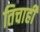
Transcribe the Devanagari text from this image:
तिचाही